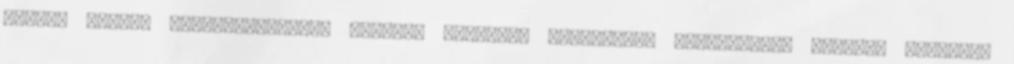
magyar nemzet összetartozását legfőbb szellemi kulturális örökségünk, nemzeti nyelvünk